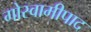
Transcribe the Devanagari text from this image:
गोस्वामीपाद